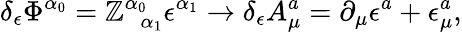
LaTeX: \delta_{\epsilon}\Phi^{\alpha_{0}}=\mathbb{Z}_{\; \; \alpha_{1}}^{\alpha_{0}}\epsilon^{\alpha_{1}}\rightarrow\delta_{\epsilon}A_{\mu}^{a}=\partial_{\mu}\epsilon^{a}+\epsilon_{\mu}^{a},